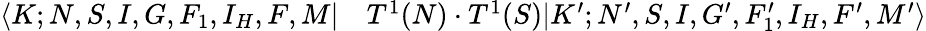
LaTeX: \begin{array}{rl}{\langle K;N,S,I,G,F_{1},I_{H},F,M|}&{{}T^{1}(N)\cdot T^{1}(S)|K^{\prime};N^{\prime},S,I,G^{\prime},F_{1}^{\prime},I_{H},F^{\prime},M^{\prime}\rangle}\end{array}